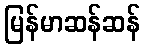
မြန်မာဆန်ဆန်